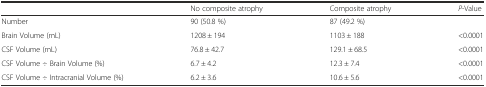
<table><thead><tr><td></td><td><b>No composite atrophy</b></td><td><b>Composite atrophy</b></td><td><b><i>P</i>-Value</b></td></tr></thead><tbody><tr><td>Number</td><td>90 (50.8 %)</td><td>87 (49.2 %)</td><td></td></tr><tr><td>Brain Volume (mL)</td><td>1208 ± 194</td><td>1103 ± 188</td><td>&lt;0.0001</td></tr><tr><td>CSF Volume (mL)</td><td>76.8 ± 42.7</td><td>129.1 ± 68.5</td><td>&lt;0.0001</td></tr><tr><td>CSF Volume ÷ Brain Volume (%)</td><td>6.7 ± 4.2</td><td>12.3 ± 7.4</td><td>&lt;0.0001</td></tr><tr><td>CSF Volume ÷ Intracranial Volume (%)</td><td>6.2 ± 3.6</td><td>10.6 ± 5.6</td><td>&lt;0.0001</td></tr></tbody></table>